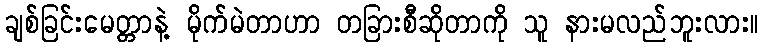
ချစ်ခြင်းမေတ္တာနဲ့ မိုက်မဲတာဟာ တခြားစီဆိုတာကို သူ နားမလည်ဘူးလား။